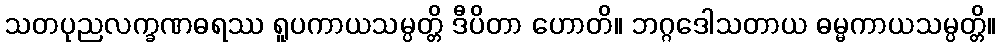
သတပုညလက္ခဏဓရဿ ရူပကာယသမ္ပတ္တိ ဒီပိတာ ဟောတိ။ ဘဂ္ဂဒေါသတာယ ဓမ္မကာယသမ္ပတ္တိ။